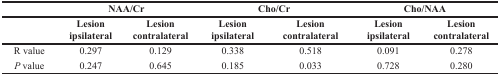
<table><thead><tr><td></td><td colspan="2"><b>NAA/Cr</b></td><td colspan="2"><b>Cho/Cr</b></td><td colspan="2"><b>Cho/NAA</b></td></tr><tr><td></td><td><b>Lesion ipsilateral</b></td><td><b>Lesion contralateral</b></td><td><b>Lesion ipsilateral</b></td><td><b>Lesion contralateral</b></td><td><b>Lesion ipsilateral</b></td><td><b>Lesion contralateral</b></td></tr></thead><tbody><tr><td>R value</td><td>0.297</td><td>0.129</td><td>0.338</td><td>0.518</td><td>0.091</td><td>0.278</td></tr><tr><td><i>P</i> value</td><td>0.247</td><td>0.645</td><td>0.185</td><td>0.033</td><td>0.728</td><td>0.280</td></tr></tbody></table>